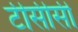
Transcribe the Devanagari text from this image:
टीसीसी